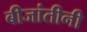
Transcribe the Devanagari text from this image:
बीजांतीनी